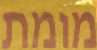
מומת